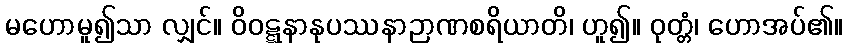
မဟောမူ၍သာ လျှင်။ ဝိဝဋ္ဋနာနုပဿနာဉာဏစရိယာတိ၊ ဟူ၍။ ဝုတ္တံ၊ ဟောအပ်၏။